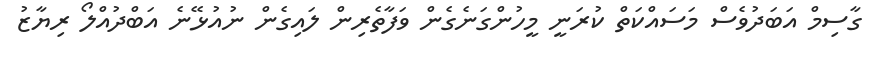
ގާސިމް އަބަދުވެސް މަސައްކަތް ކުރަނީ މީހުންގަނެގެން ވަފާތެރިން ލައިގެން ނުއުޅޭނެ އަބްދުއްލޯ ރިޔާޒު